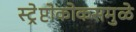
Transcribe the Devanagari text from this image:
स्ट्रेप्टोकोकसमुळे